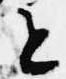
と